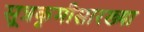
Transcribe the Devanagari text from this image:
सूत्रकृमीसारख्या